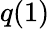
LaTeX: q(1)